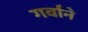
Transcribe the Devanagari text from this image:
गर्वाने